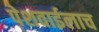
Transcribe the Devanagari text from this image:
पेशवाईलाच